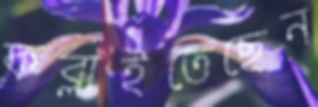
কব্‌লাইতেছেন